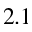
2 . 1